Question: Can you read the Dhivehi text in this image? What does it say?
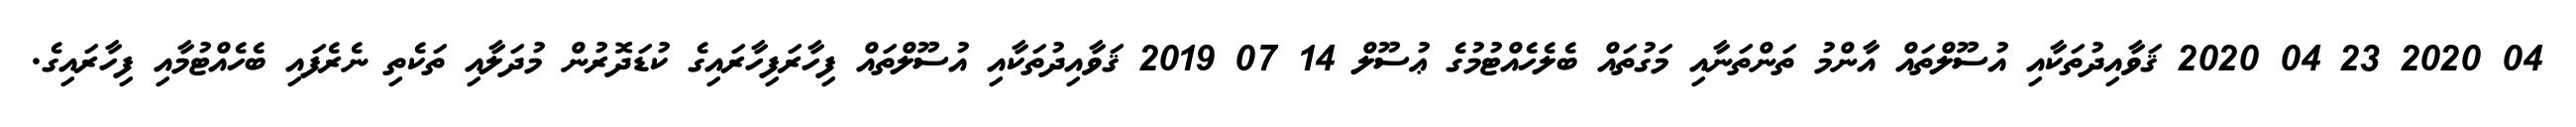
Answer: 04 2020 23 04 2020 ޤަވާއިދުތަކާއި އުސޫލްތައް އާންމު ތަންތަނާއި މަގުތައް ބެލެހެއްޓުމުގެ ޢުސޫލް 14 07 2019 ޤަވާއިދުތަކާއި އުސޫލްތައް ފިހާރަފިހާރައިގެ ކުޑަދޮރުން މުދަލާއި ތަކެތި ނެރެފައި ބެހެއްޓުމާއި ފިހާރައިގެ.